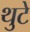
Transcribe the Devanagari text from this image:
थुटे